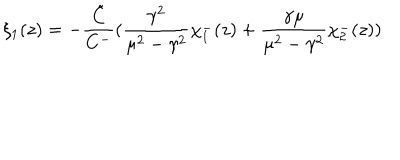
\xi _ { 1 } ( z ) = - \frac { \tilde { C } } { C ^ { - } } ( \frac { \gamma ^ { 2 } } { \mu ^ { 2 } - \gamma ^ { 2 } } \chi _ { 1 } ^ { - } ( z ) + \frac { \gamma \mu } { \mu ^ { 2 } - \gamma ^ { 2 } } \chi _ { 2 } ^ { - } ( z ) )